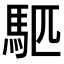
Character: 𫘇